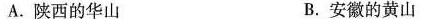
A.陕西的华山 B.安徽的黄山